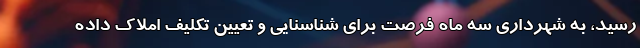
رسید، به شهرداری سه ماه فرصت برای شناسنایی و تعیین تکلیف املاک داده